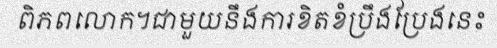
ពិភពលោក។ជាមួយនឹងការខិតខំប្រឹងប្រែងនេះ